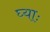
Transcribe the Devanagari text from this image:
घ्‍याः